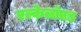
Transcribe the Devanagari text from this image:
एल्केलॉएड